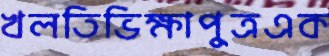
খলতিভিক্ষাপুত্রএক